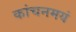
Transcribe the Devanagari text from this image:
कांचनमयं